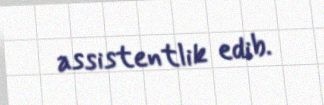
assistentlik edib.